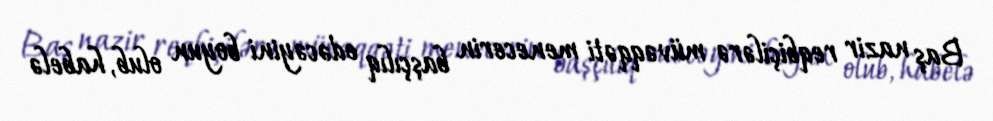
Baş nazir reqbiçilərə müvəqqəti menecerin başçılıq edəcəyini boyun olub, habelə